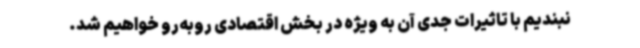
نبندیم با تاثیرات جدی آن به ویژه در بخش اقتصادی روبه‌رو خواهیم شد.